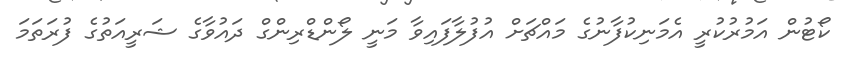
ކޯޓުން އަމުރުކުރީ އެމަނިކުފާނުގެ މައްޗަށް އުފުލާފައިވާ މަނީ ލޯންޑްރިންގް ދައުވާގެ ޝަރީއަތުގެ ފުރަތަމަ